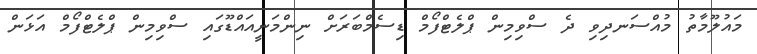
މައުލޫމާތު މުއްސަނދިވި ދެ ސްވިމިން ޕްލެޓްފޯމް ޑިސެމްބަރަށް ނިންމަނީއައްޑޫގައި ސްވިމިން ޕްލެޓްފޯމް އަޅަން